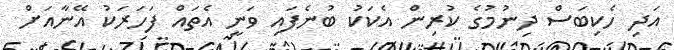
އަދި ހެކިބަސް ދިނުމުގެ ކުރިން އެކަކު ބުނެފައި ވަނީ އެތައް ފަހަރަކު އޭނާއަށް